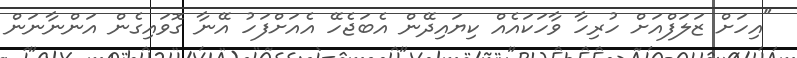
"އިހަށް ޒަލަފްއަށް ހުރިހާ ވާހަކައެއް ކިޔައިދޭން އެބަޖެހޭ އެއަށްފަހު އޭނާ ގޮވައިގެން އަންނާނަން